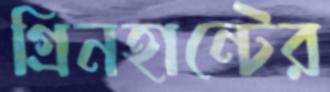
গ্রিনহান্টের